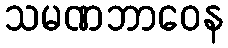
သမဏဘာဝေန